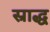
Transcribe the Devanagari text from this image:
स्राद्ध